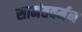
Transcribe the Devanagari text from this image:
सामंतवर्मन